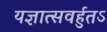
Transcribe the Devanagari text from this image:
यज्ञात्सवर्हुतऽ